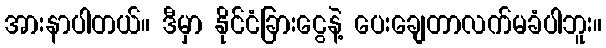
အားနာပါတယ်။ ဒီမှာ နိုင်ငံခြားငွေနဲ့ ပေးချေတာလက်မခံပါဘူး။